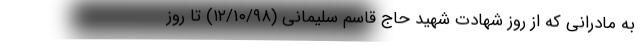
به مادرانی که از روز شهادت شهید حاج قاسم سلیمانی (۱۲/۱۰/۹۸) تا روز